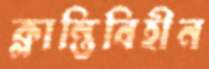
ক্লান্তিবিহীন